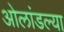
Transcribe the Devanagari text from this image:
ओलांडल्या